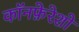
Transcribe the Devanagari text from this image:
कॉनफ़ेरेशो